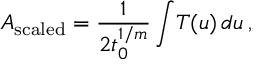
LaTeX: { \cal A } _ { \mathrm { s c a l e d } } = { \frac { 1 } { 2 t _ { 0 } ^ { 1 / m } } } \int \! T ( u ) \, d u \, ,